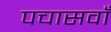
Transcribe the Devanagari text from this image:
पचासवाँ